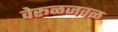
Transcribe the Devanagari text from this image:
वेरूळजवळ